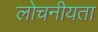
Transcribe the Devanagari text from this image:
लोचनीयता